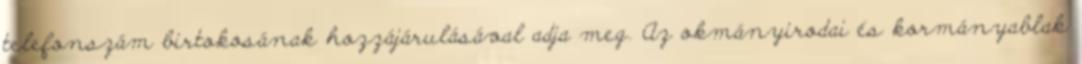
telefonszám birtokosának hozzájárulásával adja meg. Az okmányirodai és kormányablak